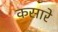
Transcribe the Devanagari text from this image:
कसारे